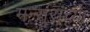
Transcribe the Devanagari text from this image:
मन्सुरांच्या